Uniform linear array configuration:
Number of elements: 48
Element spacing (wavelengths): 0.5
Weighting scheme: hamming
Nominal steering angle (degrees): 15
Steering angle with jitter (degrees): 13.964
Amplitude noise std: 0.05
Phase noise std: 0.05

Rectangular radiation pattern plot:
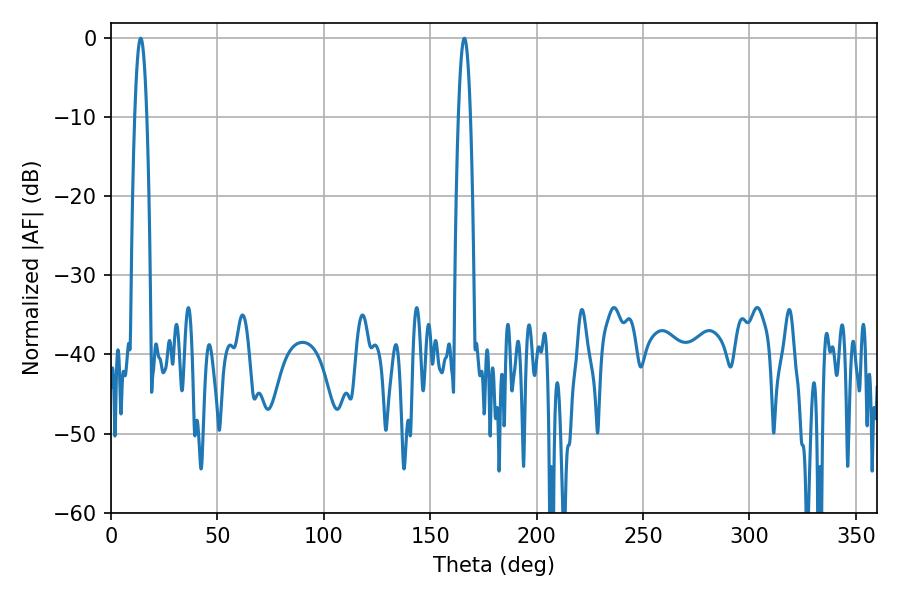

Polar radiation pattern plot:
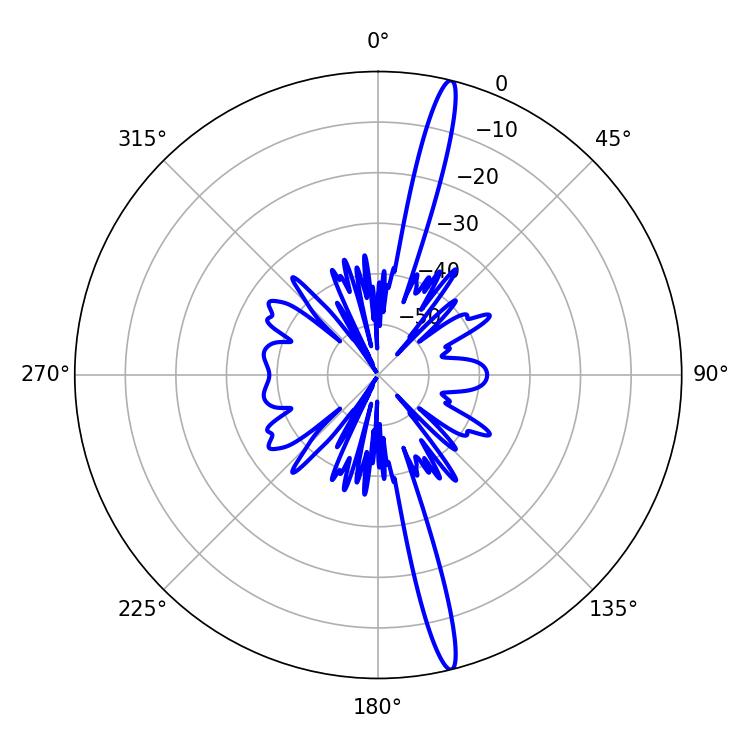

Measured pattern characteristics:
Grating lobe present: FALSE
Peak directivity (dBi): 18.453
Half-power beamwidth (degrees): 3.06
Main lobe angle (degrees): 14.04